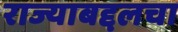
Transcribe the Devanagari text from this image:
राज्याबद्दलचा